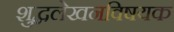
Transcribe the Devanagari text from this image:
शुद्धलेखनविषयक